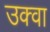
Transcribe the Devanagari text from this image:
उक्वा